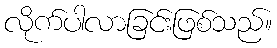
လိုက်ပါလာခြင်းဖြစ်သည်။